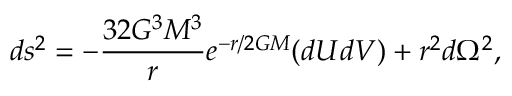
d s ^ { 2 } = - { \frac { 3 2 G ^ { 3 } M ^ { 3 } } { r } } e ^ { - r / 2 G M } ( d U d V ) + r ^ { 2 } d \Omega ^ { 2 } ,